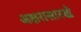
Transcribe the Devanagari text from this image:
अक्षरासारखे